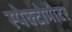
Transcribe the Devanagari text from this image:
स्पेक्टोमीटर